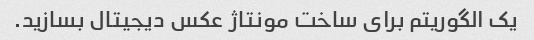
یک الگوریتم برای ساخت مونتاژ عکس دیجیتال بسازید.